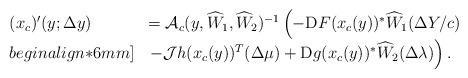
LaTeX: \begin{align*}\begin{array}{ll}(x_c)'(y;\Delta y) & ={\cal A}_c(y,\widehat{W}_1,\widehat{W}_2 )^{-1}\left(-{\rm D}F(x_c(y))^*\widehat W_1(\Delta Y/c)\right.\\begin{align*}6mm]& \left. -{\cal J}h(x_c(y))^T (\Delta\mu)+{\rm D}g(x_c(y))^*\widehat{W}_2(\Delta\lambda)\right).\end{array}\end{align*}